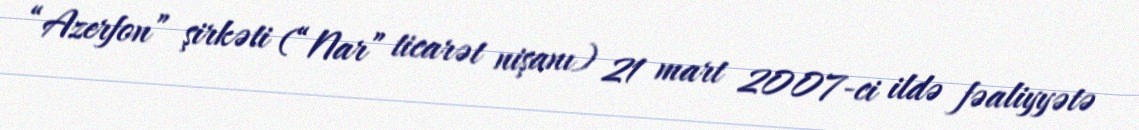
“Azerfon” şirkəti (“Nar” ticarət nişanı) 21 mart 2007-ci ildə fəaliyyətə